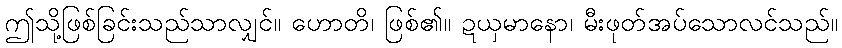
ဤသို့ဖြစ်ခြင်းသည်သာလျှင်။ ဟောတိ၊ ဖြစ်၏။ ဍယှမာနော၊ မီးဖုတ်အပ်သောလင်သည်။